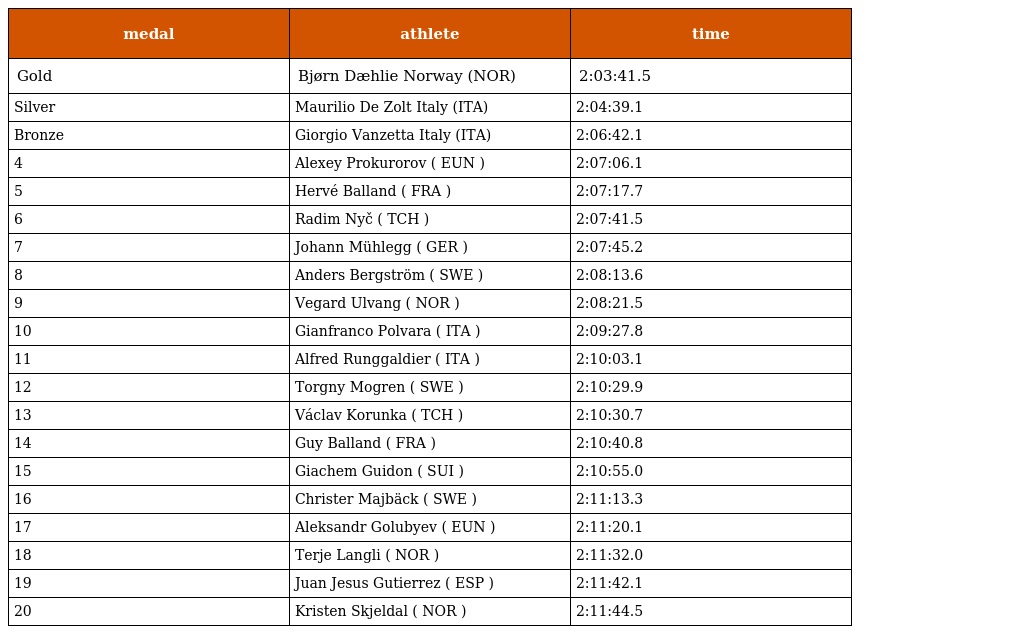
| medal | athlete | time |
 | --- | --- | --- |
 | Gold | Bjørn Dæhlie Norway (NOR) | 2:03:41.5 |
 | Silver | Maurilio De Zolt Italy (ITA) | 2:04:39.1 |
 | Bronze | Giorgio Vanzetta Italy (ITA) | 2:06:42.1 |
 | 4 | Alexey Prokurorov ( EUN ) | 2:07:06.1 |
 | 5 | Hervé Balland ( FRA ) | 2:07:17.7 |
 | 6 | Radim Nyč ( TCH ) | 2:07:41.5 |
 | 7 | Johann Mühlegg ( GER ) | 2:07:45.2 |
 | 8 | Anders Bergström ( SWE ) | 2:08:13.6 |
 | 9 | Vegard Ulvang ( NOR ) | 2:08:21.5 |
 | 10 | Gianfranco Polvara ( ITA ) | 2:09:27.8 |
 | 11 | Alfred Runggaldier ( ITA ) | 2:10:03.1 |
 | 12 | Torgny Mogren ( SWE ) | 2:10:29.9 |
 | 13 | Václav Korunka ( TCH ) | 2:10:30.7 |
 | 14 | Guy Balland ( FRA ) | 2:10:40.8 |
 | 15 | Giachem Guidon ( SUI ) | 2:10:55.0 |
 | 16 | Christer Majbäck ( SWE ) | 2:11:13.3 |
 | 17 | Aleksandr Golubyev ( EUN ) | 2:11:20.1 |
 | 18 | Terje Langli ( NOR ) | 2:11:32.0 |
 | 19 | Juan Jesus Gutierrez ( ESP ) | 2:11:42.1 |
 | 20 | Kristen Skjeldal ( NOR ) | 2:11:44.5 |